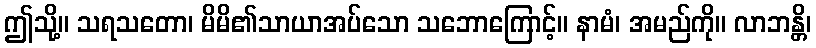
ဤသို့။ သရသတော၊ မိမိ၏သာယာအပ်သော သဘောကြောင့်။ နာမံ၊ အမည်ကို။ လာဘန္တိ၊